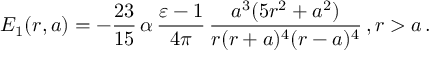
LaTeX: E _ { 1 } ( r , a ) = - \frac { 2 3 } { 1 5 } \, \alpha \, \frac { \varepsilon - 1 } { 4 \pi } \, \frac { a ^ { 3 } ( 5 r ^ { 2 } + a ^ { 2 } ) } { r ( r + a ) ^ { 4 } ( r - a ) ^ { 4 } } \, , r > a \, .